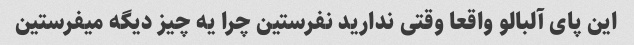
این پای آلبالو واقعا وقتی ندارید نفرستین چرا یه چیز دیگه میفرستین